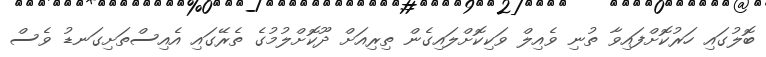
ބޮލުގައި ހަރުކޮށްފައިވާ ތުނި ވެއިލް ވަކިކޮށްލައިގެން ތިރިއަށް ދޫކޮށްލުމުގެ ތެރޭގައި އެއިސްތަށިގަނޑު ވެސް